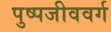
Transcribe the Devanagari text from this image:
पुष्पजीववर्ग